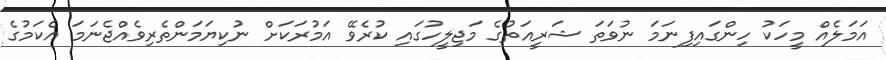
އަމަލެއް މީހަކު ހިންގައިފިނަމަ ނުވަތަ ޝަރީއަތުގެ މަޖިލީހުގައި ކުރެވޭ އަމުރަކަށް ނުކިޔަމަންތެރިވެއްޖެނަމަ އެކަމުގެ